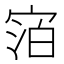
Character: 𪧓